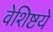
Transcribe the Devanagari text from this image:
वेशिष्टये